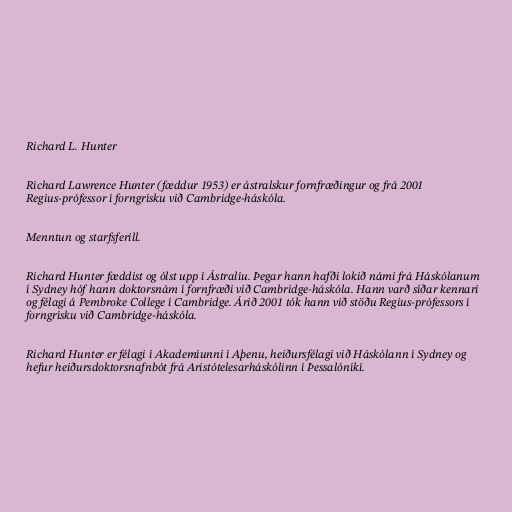
Richard L. Hunter

Richard Lawrence Hunter (fæddur 1953) er ástralskur fornfræðingur og frá 2001
Regius-prófessor í forngrísku við Cambridge-háskóla.

Menntun og starfsferill.

Richard Hunter fæddist og ólst upp í Ástralíu. Þegar hann hafði lokið námi frá Háskólanum
í Sydney hóf hann doktorsnám í fornfræði við Cambridge-háskóla. Hann varð síðar kennari
og félagi á Pembroke College í Cambridge. Árið 2001 tók hann við stöðu Regius-prófessors í
forngrísku við Cambridge-háskóla.

Richard Hunter er félagi í Akademíunni í Aþenu, heiðursfélagi við Háskólann í Sydney og
hefur heiðursdoktorsnafnbót frá Aristótelesarháskólinn í Þessalóníkí.